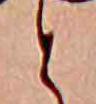
と